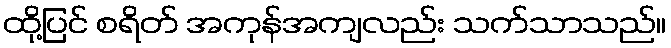
ထို့ပြင် စရိတ် အကုန်အကျလည်း သက်သာသည်။